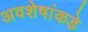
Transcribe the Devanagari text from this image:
अवशेषांकडे